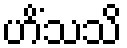
ဟိံသသိ